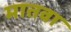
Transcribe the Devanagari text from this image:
मातवा